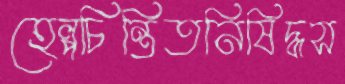
হেল্পচিন্তিতনিষিদ্ধস